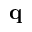
\mathbf { q }